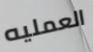
العمليه